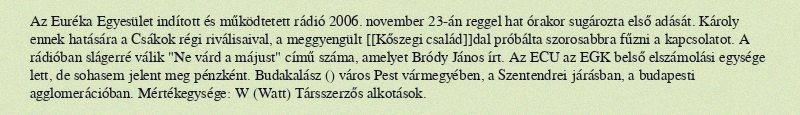
Az Euréka Egyesület indított és működtetett rádió 2006. november 23-án reggel hat órakor sugározta első adását. Károly ennek hatására a Csákok régi riválisaival, a meggyengült [[Kőszegi család]]dal próbálta szorosabbra fűzni a kapcsolatot. A rádióban slágerré válik "Ne várd a májust" című száma, amelyet Bródy János írt. Az ECU az EGK belső elszámolási egysége lett, de sohasem jelent meg pénzként. Budakalász () város Pest vármegyében, a Szentendrei járásban, a budapesti agglomerációban. Mértékegysége: W (Watt) Társszerzős alkotások.